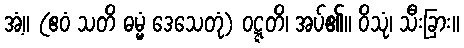
အံ့။ (ဧဝံ သတိ ဓမ္မံ ဒေသေတုံ) ဝဋ္ဋတိ၊ အပ်၏။ ဝိသုံ၊ သီးခြား။